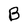
Character: B